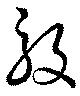
殷